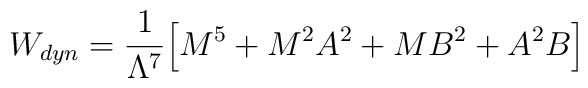
W_{dyn}=\frac{1}{\Lambda^7}\Big[M^5+M^2A^2+M B^2+A^2 B \Big]